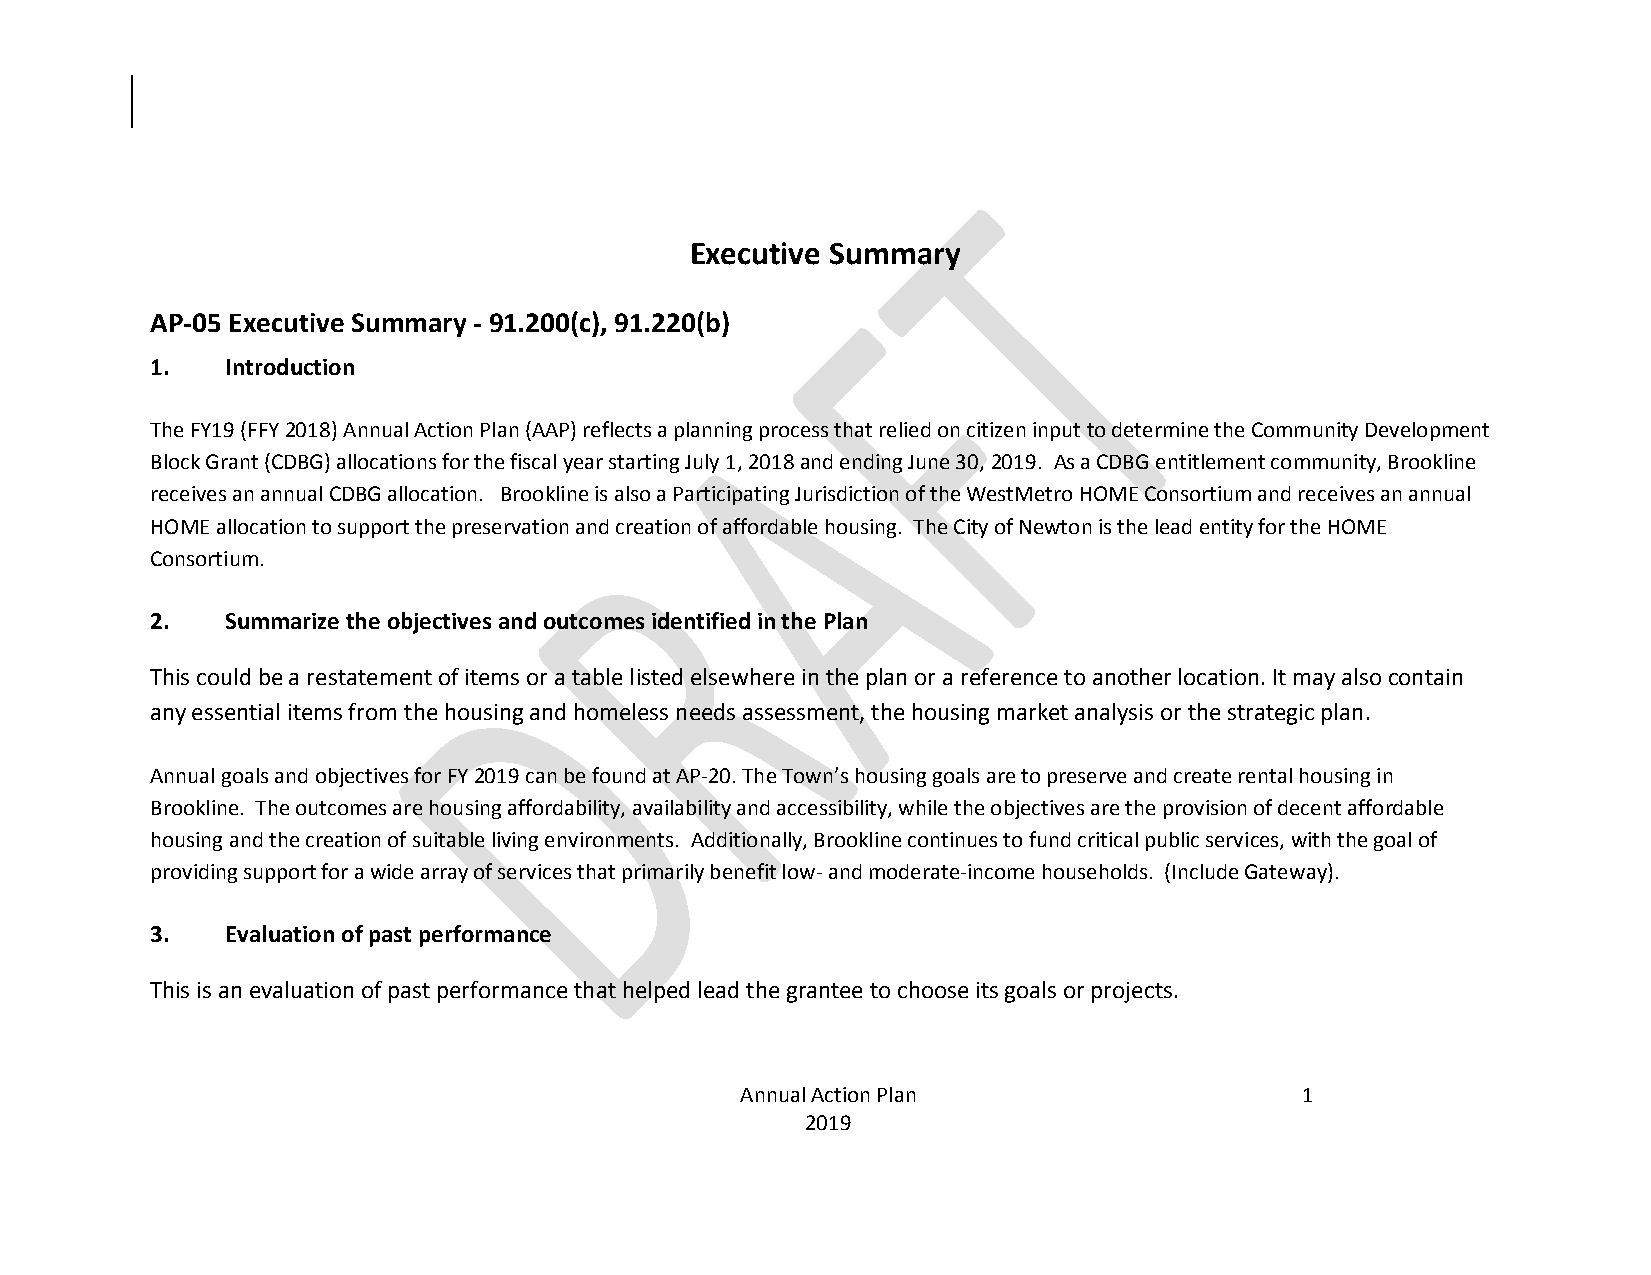
Executive Summary
 AP-05 Executive Summary - 91.200(c), 91.220(b)
 1.   Introduction
 The FY19 (FFY 2018) Annual Action Plan (AAP) reflects a planning process that relied on citizen input to determine the Community Development
 Block Grant (CDBG) allocations for the fiscal year starting July 1, 2018 and ending June 30, 2019. As a CDBG entitlement community, Brookline
 receives an annual CDBG allocation. Brookline is also a Participating Jurisdiction of the WestMetro HOME Consortium and receives an annual
 HOME allocation to support the preservation and creation of affordable housing. The City of Newton is the lead entity for the HOME
 Consortium.
 2.   Summarize the objectives and outcomes identified in the Plan
 This could be a restatement of items or a table listed elsewhere in the plan or a reference to another location. It may also contain
 any essential items from the housing and homeless needs assessment, the housing market analysis or the strategic plan.
 Annual goals and objectives for FY 2019 can be found at AP-20. The Town’s housing goals are to preserve and create rental housing in
 Brookline. The outcomes are housing affordability, availability and accessibility, while the objectives are the provision of decent affordable
 housing and the creation of suitable living environments. Additionally, Brookline continues to fund critical public services, with the goal of
 providing support for a wide array of services that primarily benefit low- and moderate-income households. (Include Gateway).
 3.   Evaluation of past performance
 This is an evaluation of past performance that helped lead the grantee to choose its goals or projects.
 Annual Action Plan                   1
 2019